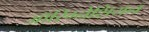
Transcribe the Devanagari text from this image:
ऑरिग्नेशियन